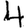
Digit: 4